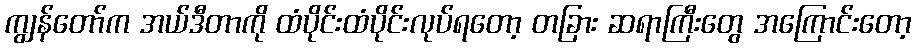
ကျွန်တော်က အယ်ဒီတာကို ထံပိုင်းထံပိုင်းလုပ်ရတော့ တခြား ဆရာကြီးတွေ အကြောင်းတော့